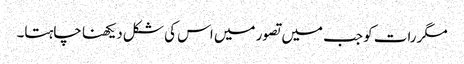
مگررات کو جب میں تصور میں اس کی شکل دیکھنا چاہتا۔